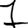
Digit: 7